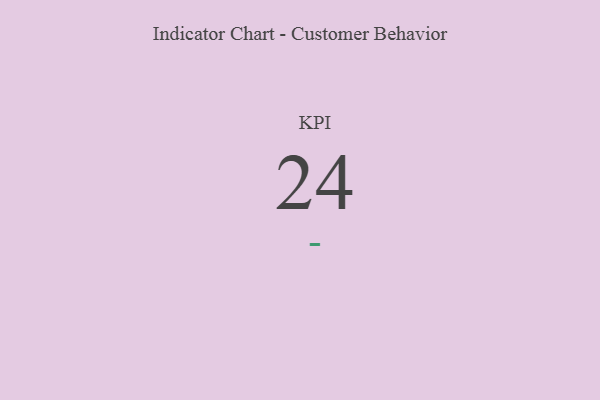
{"axis": {"x": "KPI", "y": "Value"}, "legend": [""], "data": [{"x": "KPI", "y": 24, "type": ""}]}